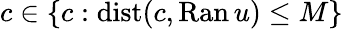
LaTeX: c\in\{ c:\mathrm{dist}(c,\mathrm{Ran}\, u)\leq M\}